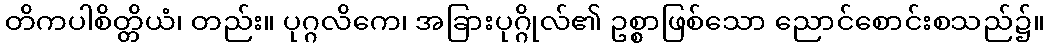
တိကပါစိတ္တိယံ၊ တည်း။ ပုဂ္ဂလိကေ၊ အခြားပုဂ္ဂိုလ်၏ ဥစ္စာဖြစ်သော ညောင်စောင်းစသည်၌။